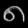
Digit: ၈